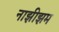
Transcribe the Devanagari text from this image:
नाझीझम